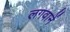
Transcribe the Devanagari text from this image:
लगवानें